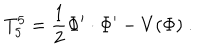
T _ { 5 } ^ { 5 } = { \frac { 1 } { 2 } } \Phi ^ { \prime } \cdot \Phi ^ { \prime } - V ( \Phi ) ~ .